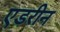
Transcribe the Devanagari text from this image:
एडरीन